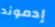
إدموند